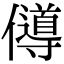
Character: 𠐵